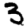
Digit: 3